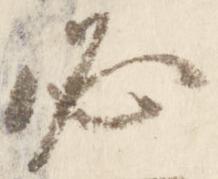
必